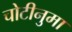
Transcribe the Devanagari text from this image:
चोटीनुमा